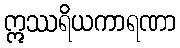
ဣဿရိယကာရဏာ